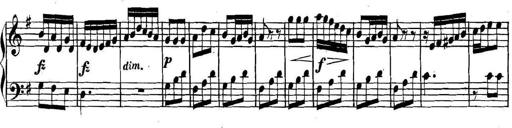
Title: Collected Piano Sonatas
Composer: Muzio Clementi